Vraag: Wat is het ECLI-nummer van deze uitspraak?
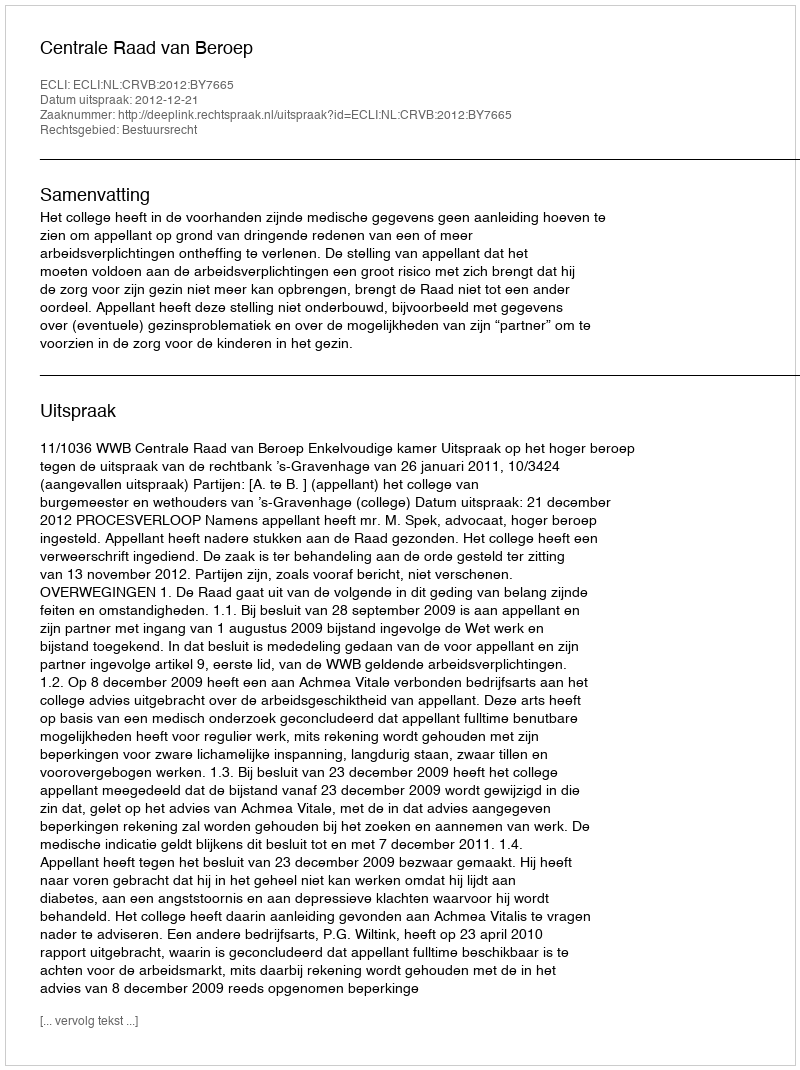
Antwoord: ECLI:NL:CRVB:2012:BY7665